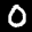
Label: 0